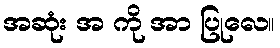
အဆုံး အ ကို အာ ပြုလေ။